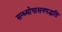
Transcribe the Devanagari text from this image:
सन्ध्याेपासनपद्धति